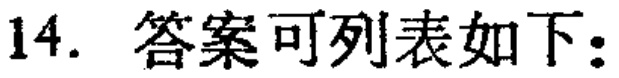
14. 答案可列表如下：